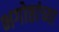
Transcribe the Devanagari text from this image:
भगोष्ठांच्या